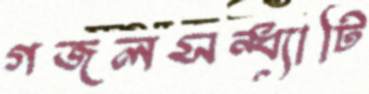
গজলসন্ধ্যাটি